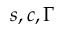
s , c , \Gamma